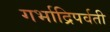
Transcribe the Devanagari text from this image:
गर्भाद्रिपर्वती